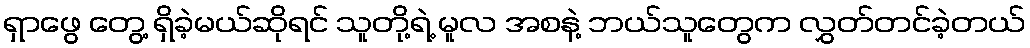
ရှာဖွေ တွေ့ ရှိခဲ့မယ်ဆိုရင် သူတို့ရဲ့ မူလ အစနဲ့ ဘယ်သူတွေက လွှတ်တင်ခဲ့တယ်